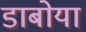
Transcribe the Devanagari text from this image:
डाबोया